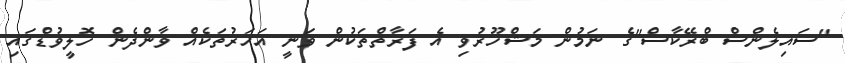
"ސައިލެންސް ބްރޭކާސް"ގެ ނަމުން މަޝްހޫރުވި އެ ފަރާތްތަކުން ވަނީ އަހަރުތަކެއް ވާންދެން ހޮލީވުޑްގައި